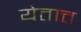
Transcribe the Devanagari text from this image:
येतात्त